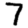
Digit: 7